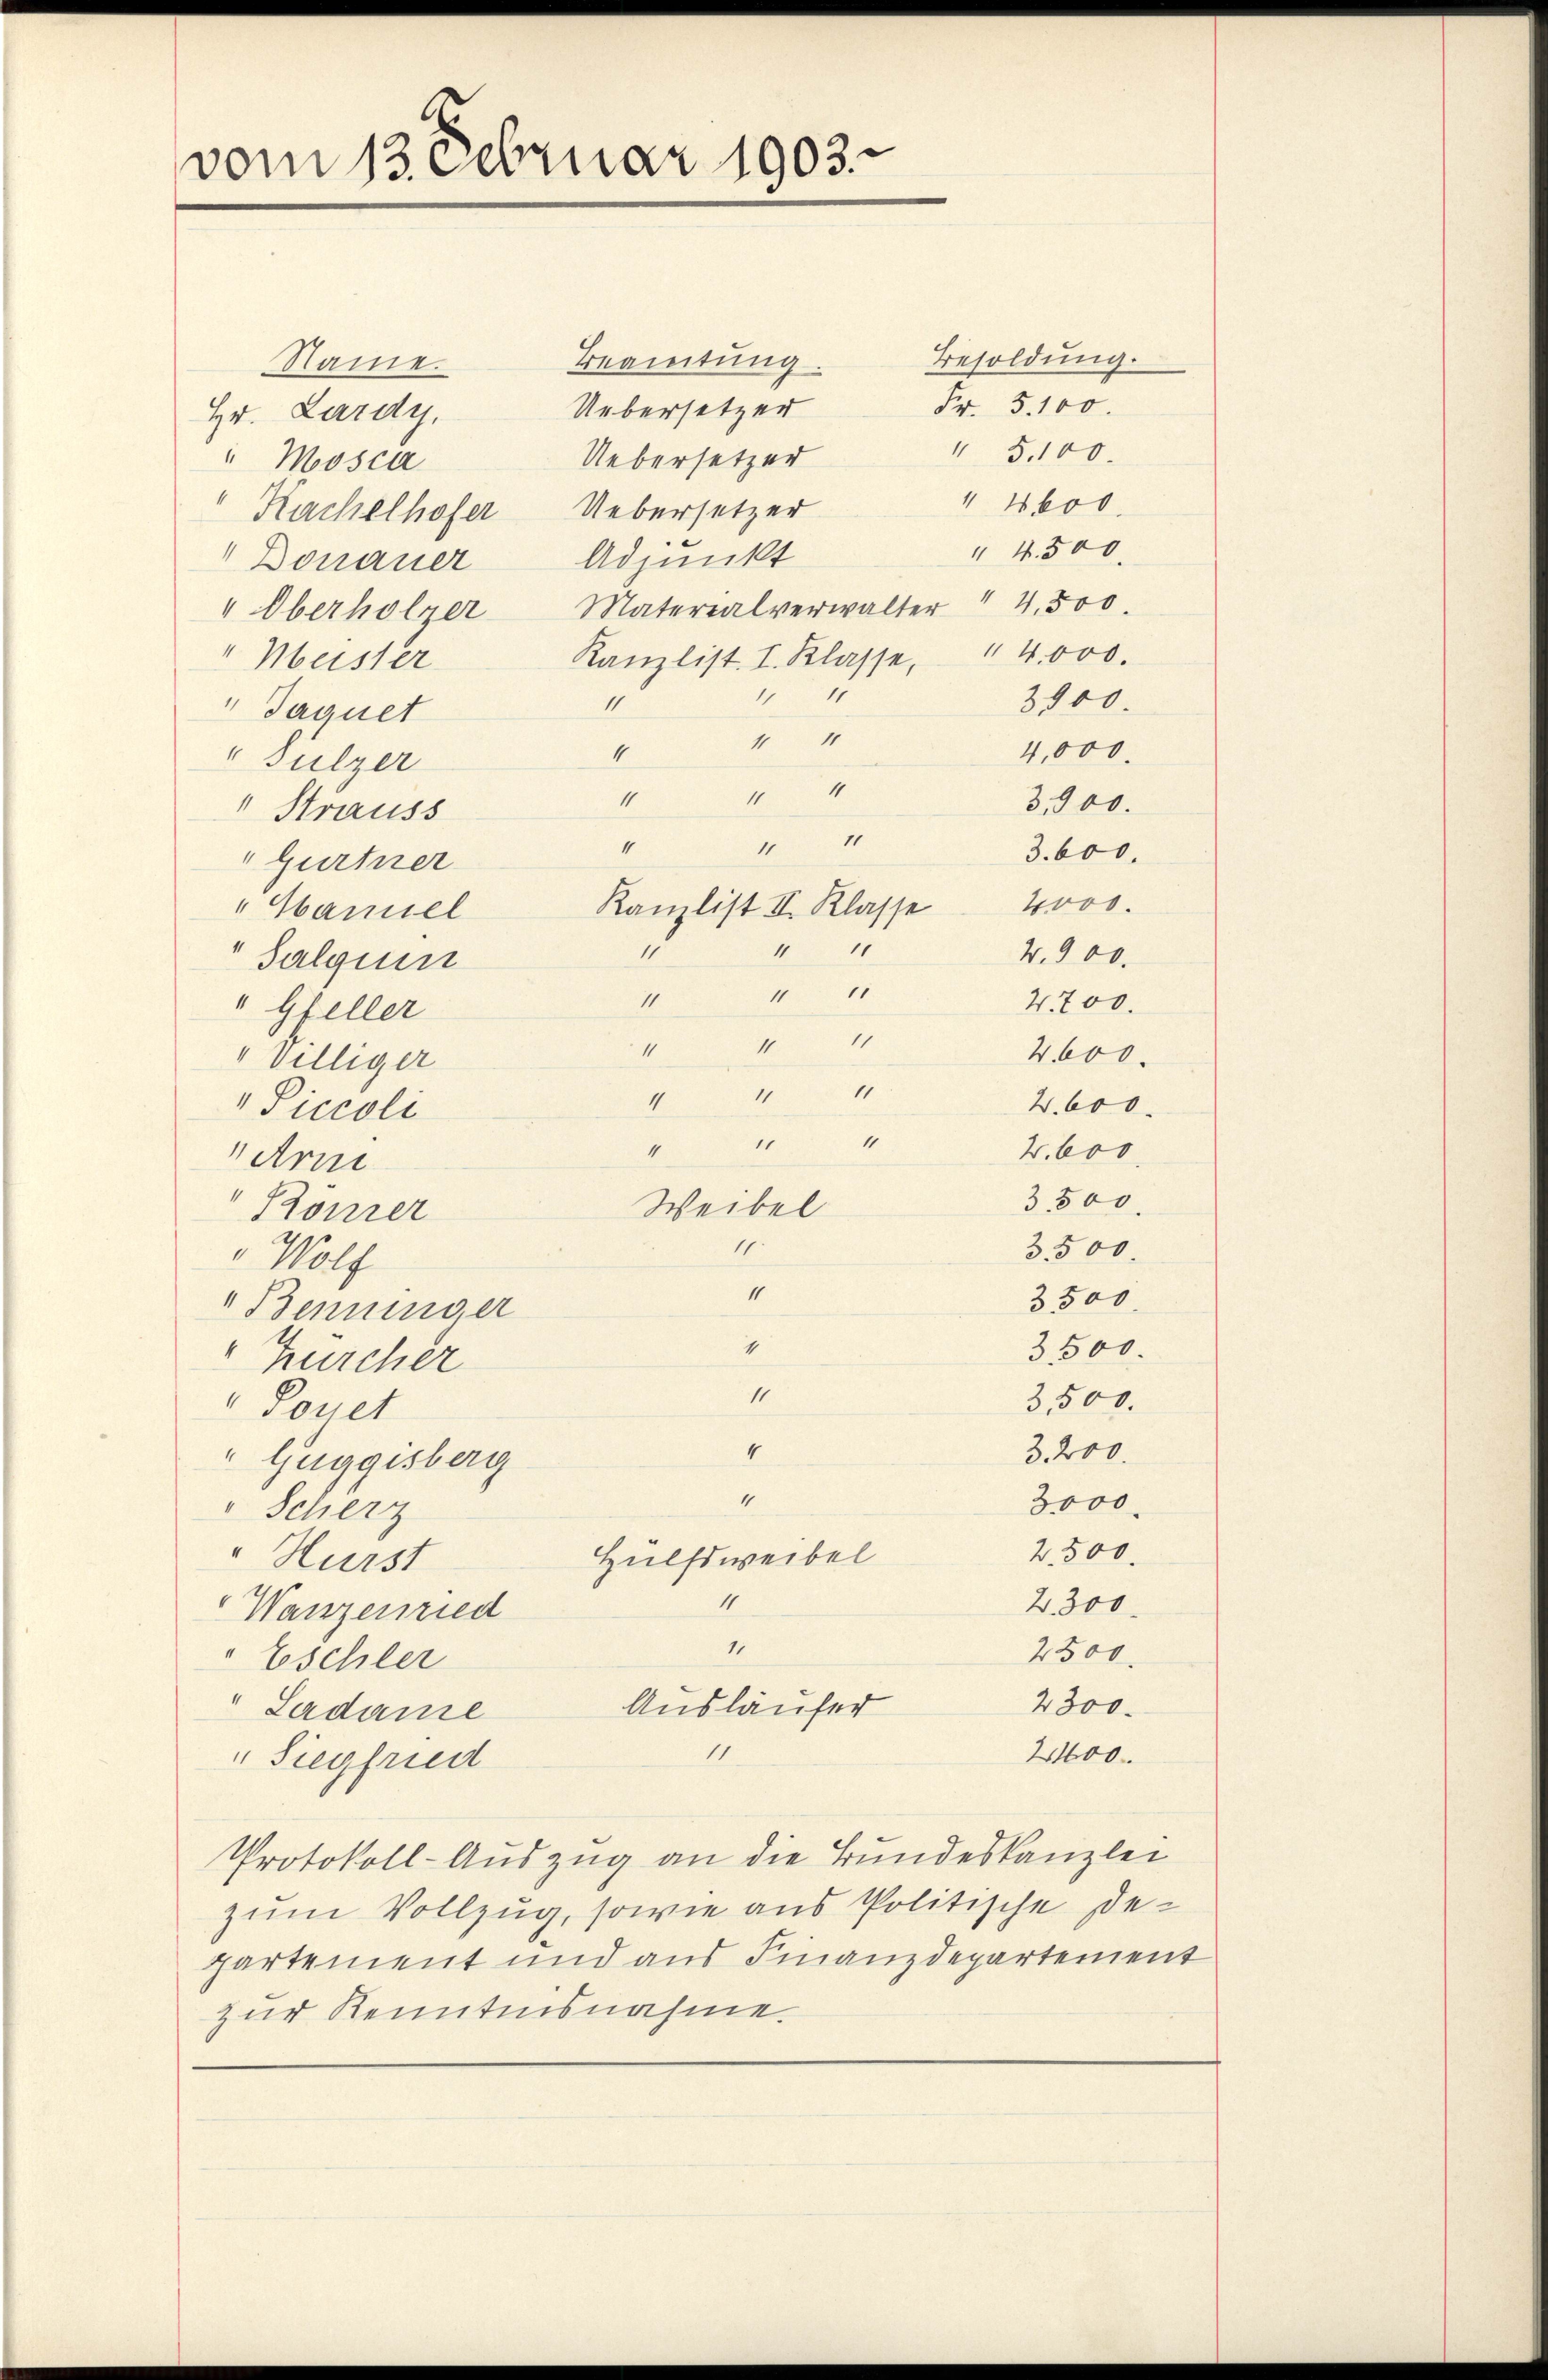
vom 13. Februar 1903.

Beamtung
Name.
Uebersetzer
Hr. Lardy,
Uebersetzer
"Mosca
1
Kachelhofer Uebersetzer
Adjunkt
Donauer
" Oberholzer Materialverwalter " 4.500
Kanzlist. I. Klasse, 14,000.
" Meister
11 1
1
 Jaquet
1
1
1
" Sulzer
4
1
1
3,900.
" Strauss
3.600.
Gurtner
"Haniel
4.900.
Salgien
4700.
" Gfeller
4600.
" Villiger
4.600.
" Piccoli
2. 600.
Arm
3,500.
Konzer
3.500.
 Wolf
3500
" Benninger
35500.
" Zürcher
3,500.
" Bonet
4
3200.
" Guggisberg
“
3000
" Scherz
2300.
Hülfsweibel
"Hürst
11
2300.
Wanzenried
11
2500
" Eschler
2300.
Ausläufer
"Ladame
11
2400.
" Siegfried
Protokoll-Auszug an die Bundeskanzlei
zum Vollzug, sowie aus Politische Departement und aus Finanzdepartement
zur Kenntnisnahme.

1
4
1
Kamlist II. Klasse 4000.
11
u
1
1
11

Weibel
11
1
1
11

I
41 11
1
4
11
4

Besoldung.
Fr. 5. 100.
15.100.
 4600.
" 4.500.
3900.
4,000.